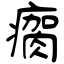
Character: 瘸